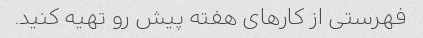
فهرستی از کارهای هفته پیش رو تهیه کنید.